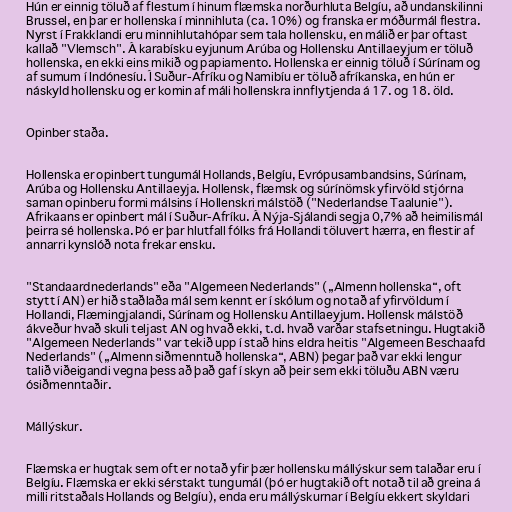
Hún er einnig töluð af flestum í hinum flæmska norðurhluta Belgíu, að undanskilinni
Brussel, en þar er hollenska í minnihluta (ca. 10%) og franska er móðurmál flestra.
Nyrst í Frakklandi eru minnihlutahópar sem tala hollensku, en málið er þar oftast
kallað "Vlemsch". Á karabísku eyjunum Arúba og Hollensku Antillaeyjum er töluð
hollenska, en ekki eins mikið og papiamento. Hollenska er einnig töluð í Súrínam og
af sumum í Indónesíu. Í Suður-Afríku og Namibíu er töluð afríkanska, en hún er
náskyld hollensku og er komin af máli hollenskra innflytjenda á 17. og 18. öld.

Opinber staða.

Hollenska er opinbert tungumál Hollands, Belgíu, Evrópusambandsins, Súrínam,
Arúba og Hollensku Antillaeyja. Hollensk, flæmsk og súrínömsk yfirvöld stjórna
saman opinberu formi málsins í Hollenskri málstöð ("Nederlandse Taalunie").
Afrikaans er opinbert mál í Suður-Afríku. Á Nýja-Sjálandi segja 0,7% að heimilismál
þeirra sé hollenska. Þó er þar hlutfall fólks frá Hollandi töluvert hærra, en flestir af
annarri kynslóð nota frekar ensku.

"Standaardnederlands" eða "Algemeen Nederlands" („Almenn hollenska“, oft
stytt í AN) er hið staðlaða mál sem kennt er í skólum og notað af yfirvöldum í
Hollandi, Flæmingjalandi, Súrínam og Hollensku Antillaeyjum. Hollensk málstöð
ákveður hvað skuli teljast AN og hvað ekki, t.d. hvað varðar stafsetningu. Hugtakið
"Algemeen Nederlands" var tekið upp í stað hins eldra heitis "Algemeen Beschaafd
Nederlands" („Almenn siðmenntuð hollenska“, ABN) þegar það var ekki lengur
talið viðeigandi vegna þess að það gaf í skyn að þeir sem ekki töluðu ABN væru
ósiðmenntaðir.

Mállýskur.

Flæmska er hugtak sem oft er notað yfir þær hollensku mállýskur sem talaðar eru í
Belgíu. Flæmska er ekki sérstakt tungumál (þó er hugtakið oft notað til að greina á
milli ritstaðals Hollands og Belgíu), enda eru mállýskurnar í Belgíu ekkert skyldari